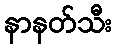
နာနတ်သီး